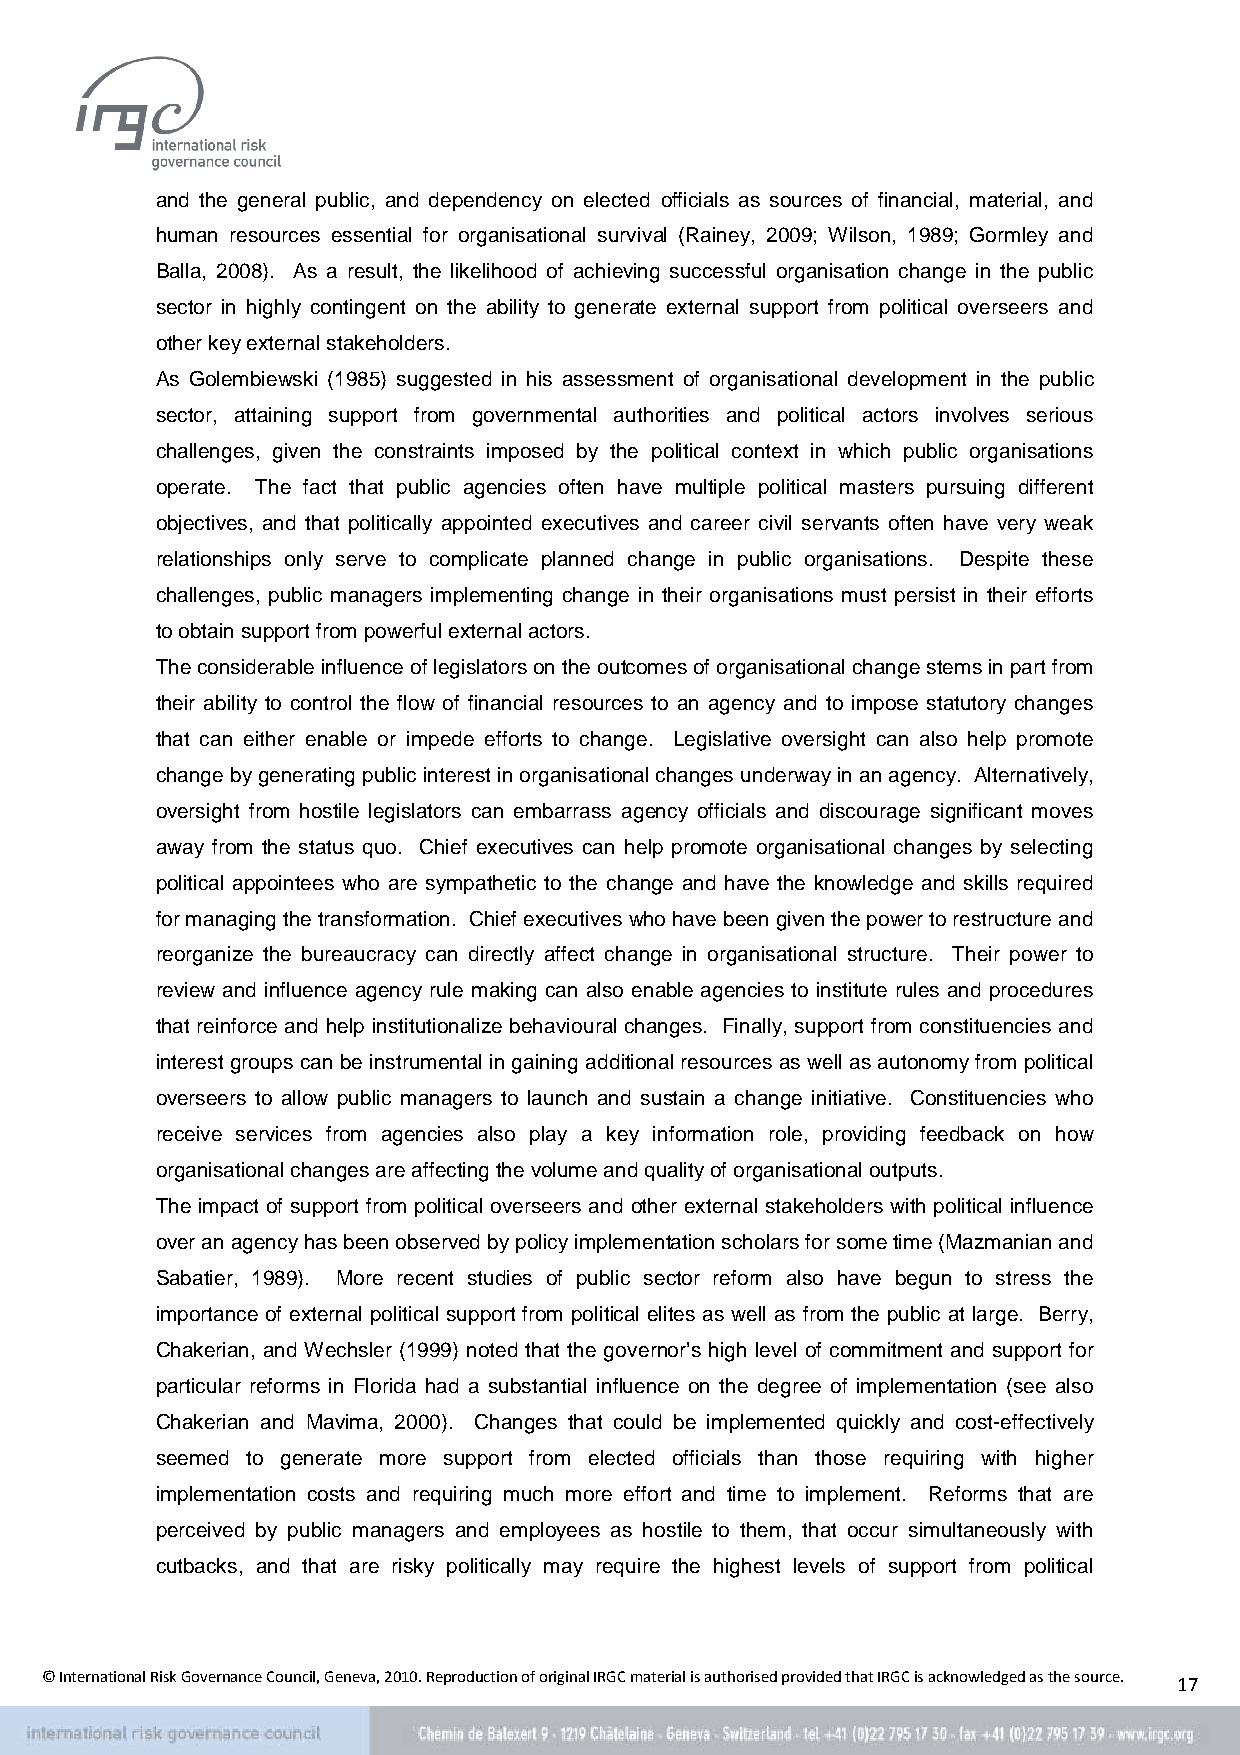
and the general public, and dependency on elected officials as sources of financial, material, and
 human resources essential for organisational survival (Rainey, 2009; Wilson, 1989; Gormley and
 Balla, 2008). As a result, the likelihood of achieving successful organisation change in the public
 sector in highly contingent on the ability to generate external support from political overseers and
 other key external stakeholders.
 As Golembiewski (1985) suggested in his assessment of organisational development in the public
 sector, attaining support from governmental authorities and political actors involves serious
 challenges, given the constraints imposed by the political context in which public organisations
 operate. The fact that public agencies often have multiple political masters pursuing different
 objectives, and that politically appointed executives and career civil servants often have very weak
 relationships only serve to complicate planned change in public organisations. Despite these
 challenges, public managers implementing change in their organisations must persist in their efforts
 to obtain support from powerful external actors.
 The considerable influence of legislators on the outcomes of organisational change stems in part from
 their ability to control the flow of financial resources to an agency and to impose statutory changes
 that can either enable or impede efforts to change. Legislative oversight can also help promote
 change by generating public interest in organisational changes underway in an agency. Alternatively,
 oversight from hostile legislators can embarrass agency officials and discourage significant moves
 away from the status quo. Chief executives can help promote organisational changes by selecting
 political appointees who are sympathetic to the change and have the knowledge and skills required
 for managing the transformation. Chief executives who have been given the power to restructure and
 reorganize the bureaucracy can directly affect change in organisational structure. Their power to
 review and influence agency rule making can also enable agencies to institute rules and procedures
 that reinforce and help institutionalize behavioural changes. Finally, support from constituencies and
 interest groups can be instrumental in gaining additional resources as well as autonomy from political
 overseers to allow public managers to launch and sustain a change initiative. Constituencies who
 receive services from agencies also play a key information role, providing feedback on how
 organisational changes are affecting the volume and quality of organisational outputs.
 The impact of support from political overseers and other external stakeholders with political influence
 over an agency has been observed by policy implementation scholars for some time (Mazmanian and
 Sabatier, 1989). More recent studies of public sector reform also have begun to stress the
 importance of external political support from political elites as well as from the public at large. Berry,
 Chakerian, and Wechsler (1999) noted that the governor’s high level of commitment and support for
 particular reforms in Florida had a substantial influence on the degree of implementation (see also
 Chakerian and Mavima, 2000). Changes that could be implemented quickly and cost-effectively
 seemed to generate more support from elected officials than those requiring with higher
 implementation costs and requiring much more effort and time to implement. Reforms that are
 perceived by public managers and employees as hostile to them, that occur simultaneously with
 cutbacks, and that are risky politically may require the highest levels of support from political
 © International Risk Governance Council, Geneva, 2010. Reproduction of original IRGC material is authorised provided that IRGC is acknowledged as the source. 17